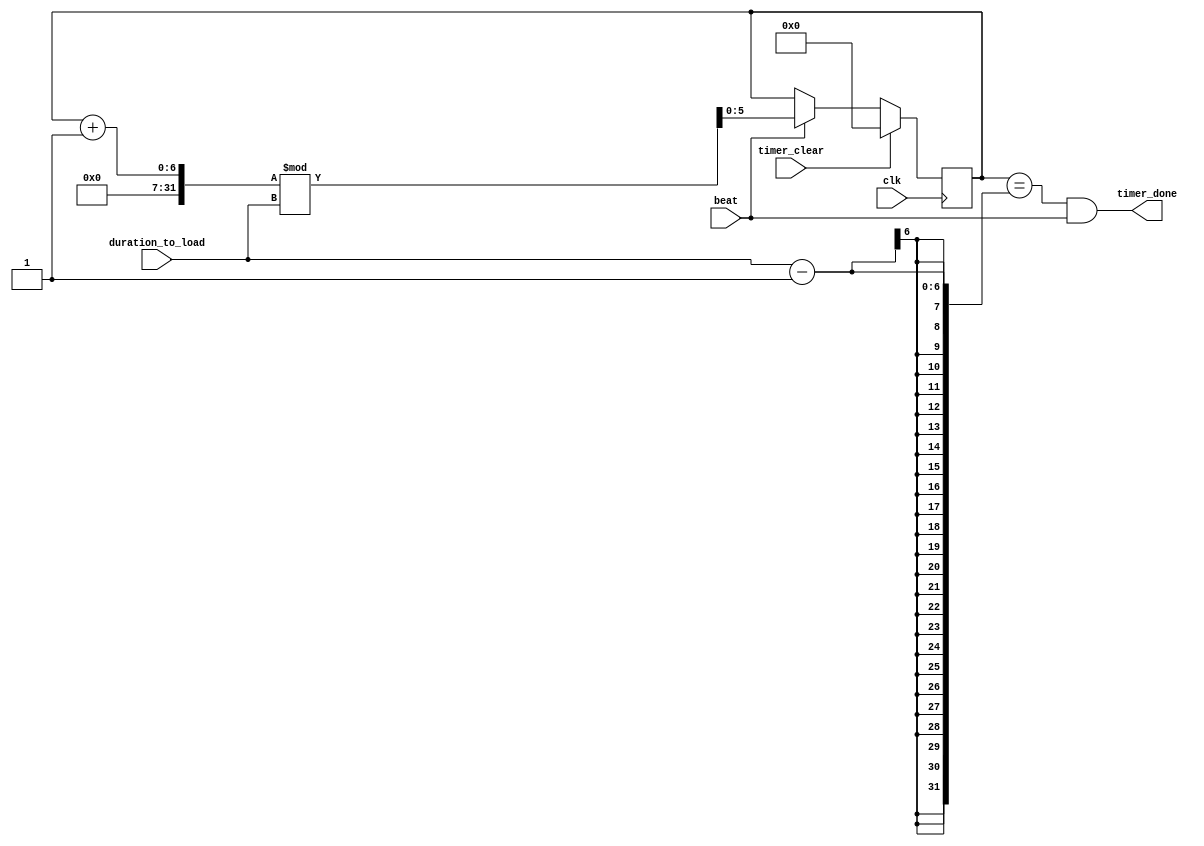
////////////////////////////////////////////////////////////////////////////////
// Company: zju
////////////////////////////////////////////////////////////////////////////////

module note_counter(clk,beat,duration_to_load,timer_clear,timer_done);
	input clk,beat,timer_clear;
	input [5:0] duration_to_load;
	output timer_done;
	reg [5:0] q;
	
	assign timer_done = ((q == duration_to_load-1) && beat);
	
	always @(posedge clk) begin
		if(timer_clear) begin
			q = 0;
		end
		else if(beat) q = (q+1)%duration_to_load;
		else q=q;
	end
	
endmodule